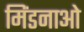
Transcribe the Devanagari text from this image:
मिंडनाओ